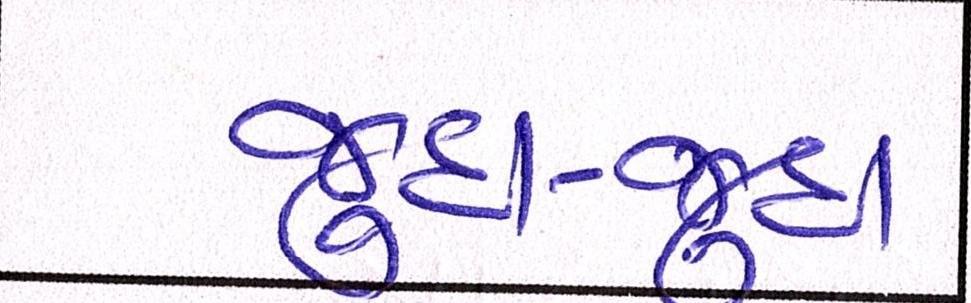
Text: જુદા-જુદા